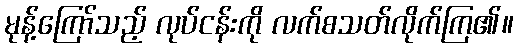
မုန့်ကြော်သည့် လုပ်ငန်းကို လက်စသတ်လိုက်ကြ၏။